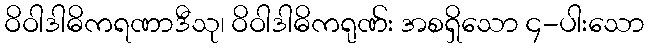
ဝိဝါဒါဓိကရဏာဒီသု၊ ဝိဝါဒါဓိကရုဏ်း အစရှိသော ၄-ပါးသော